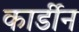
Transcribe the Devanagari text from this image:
कार्डीन